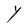
Character: Y